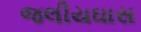
જલીયઘાસ